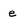
Character: e